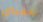
تنفيذي